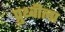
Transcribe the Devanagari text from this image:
प्रुथ्वीला